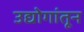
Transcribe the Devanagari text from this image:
उद्योगांतून